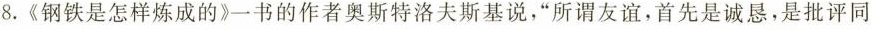
8.《钢铁是怎样炼成的》一书的作者奥斯特洛夫斯基说，”所谓友谊，首先是诚恳，是批评同